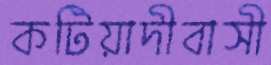
কটিয়াদীবাসী